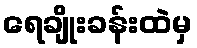
ရေချိုးခန်းထဲမှ